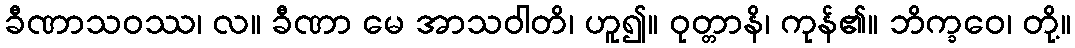
ခီဏာသဝဿ၊ လ။ ခီဏာ မေ အာသဝါတိ၊ ဟူ၍။ ဝုတ္တာနိ၊ ကုန်၏။ ဘိက္ခဝေ၊ တို့။